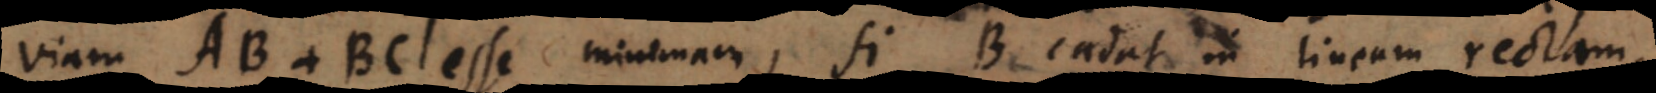
viam AB + BC esse minimam, si B cadat in lineam rectam.